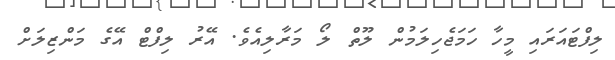
ލިފްޓައަރައި މީހާ ހަމަޖެހިލަމުން ލޫތް ލޯ މަރާލިއެވެ. އޭރު ލިފްޓް އޭގެ މަންޒިލަށް